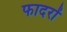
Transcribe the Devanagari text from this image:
फादरों